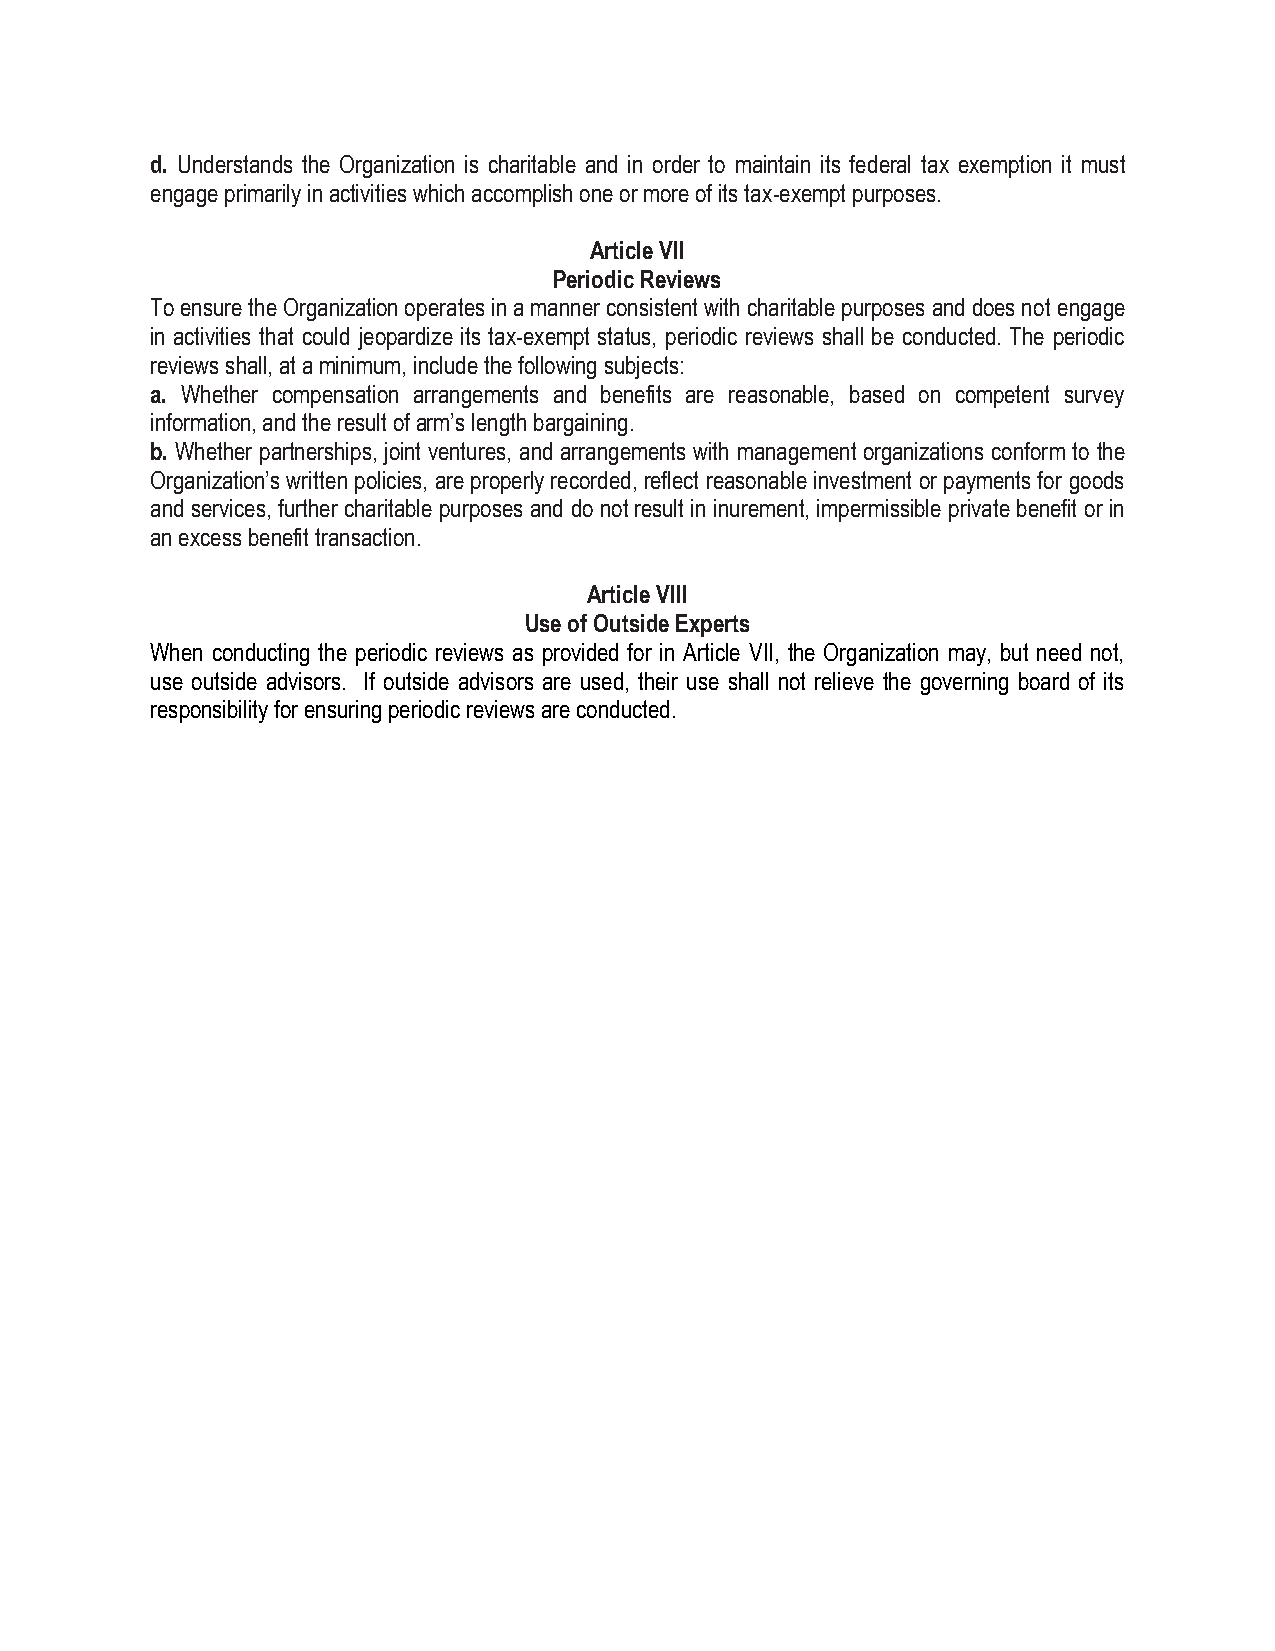
d. Understands the Organization is charitable and in order to maintain its federal tax exemption it must
 engage primarily in activities which accomplish one or more of its tax-exempt purposes.
 Article VII
 Periodic Reviews
 To ensure the Organization operates in a manner consistent with charitable purposes and does not engage
 in activities that could jeopardize its tax-exempt status, periodic reviews shall be conducted. The periodic
 reviews shall, at a minimum, include the following subjects:
 a. Whether compensation arrangements and benefits are reasonable, based on competent survey
 information, and the result of arm’s length bargaining.
 b. Whether partnerships, joint ventures, and arrangements with management organizations conform to the
 Organization’s written policies, are properly recorded, reflect reasonable investment or payments for goods
 and services, further charitable purposes and do not result in inurement, impermissible private benefit or in
 an excess benefit transaction.
 Article VIII
 Use of Outside Experts
 When conducting the periodic reviews as provided for in Article VII, the Organization may, but need not,
 use outside advisors. If outside advisors are used, their use shall not relieve the governing board of its
 responsibility for ensuring periodic reviews are conducted.